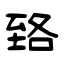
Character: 臵